Medical and sanitary report of the native army of Bengal for the year
Year: 1874
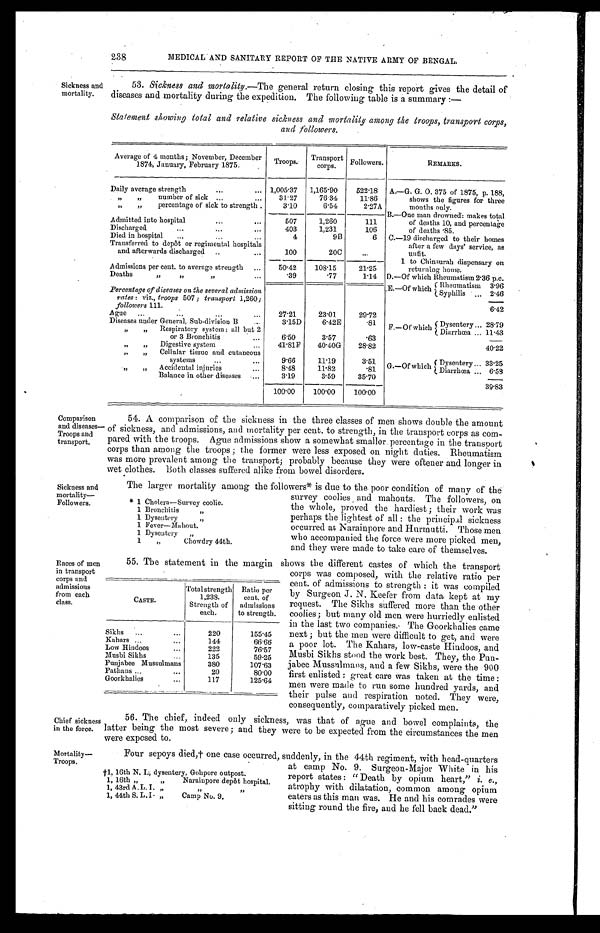
Chief sickness
in the force.
Mortality
—Troops.
Sickness and
mortality.
238
MEDICAL AND SANITARY REPORT OF THE NATIVE ARMY OF BENGAL.
53. Sickness and mortality.— The general return closing this report gives the detail of
d i s e a s e s a n d m o r t a l i t y d u r i n g t h e e x p e d i t i o n . T h e f o l l o w i n g t a b l e i s a s u m m a r y : —
Statement showing total and relative sickness and mortality among the troops, transport corps,
and followers.
Average of 4 months; November, December
1874, January, February 1875.
Troops. Transport
corps.
Followers.
REMARKS.
Daily average strength
1,005.37 1,165.90
522.18 A.—G. G. O. 375 of 1875, p. 188,
shows the figures for three
months only.
" " number of si ck
31.27
76.34
11.86
" " p e r c e n t a g e o f s i c k t o s t r e n g t h .
3.10
6.54
2.27A
Admitted into hospital
507
1,260
111
B.—One man drowned: makes total
of deaths 10, and percentage
of deaths .85.
Discharged
403
1,231
106
Died in hospital
4
9B
6 C.—19 discharged to their homes
after a few days' service, as
unfit.
Transferred to depot or regimental hospitals
and afterwards discharged
100
20C
...
Admissions per cent. to average strength
50.42
108.15
21.25
1 to Chinsurah dispensary on
returning home.
Deaths " " "
.39
.77
1.14 D.—Of which Rheumatism 2 . 36 p.c.
Percentage of diseases on the several admission
rates: viz., troops 507; transport 1,260;
followers 111.
E.—Of which Rheumatism
3 . 9 6
Syphilis
2.46
Ague
27.21
23.01
29.72
6.42
Diseases under General, Sub-division B
3.15D
6.42E
.81 F.—Of which Dysentery 28.79
" "Respiratory system: all but 2
or 3 Bronchitis
6.50
3.57
.63
Diarrhœa
11.43
" " Digestive system
41.81F
40.40G
28.82
40.22
" "Cellular tissue and cutaneous systems
9.66
11.19
3.51 G.—Of which Dysentery 33.25
" "Accidental injuries
8.48
11.82
.81
Diarrhœa
6.58
Balance in other diseases
3.19
3.59
35.70
100.00
100.00
100.00
39.83
Comparison
and diseases—
Troops and
transport.
54. A comparison of the sickness in the three classes of men shows double the amount
of sickness, and admissions, and mortality per cent. to strength, in the transport corps as com-
pared with the troops. Ague admissions show a somewhat smaller percentage in the transport
corps than among the troops; the former were less exposed on night duties. Rheumatism
was more prevalent among the transport; probably because they were oftener and longer in
wet clothes. Both classes suffered alike from bowel disorders.
Sickness and
mortality
— F o l l o w e r s .
Races of men
in transport
corps and
admissions
from each
class.
The larger mortality among the followers* is due to the poor condition of many of the
survey coolies and mahouts. The followers, on
the whole, proved the hardiest; their work was
perhaps the lightest of all: the principal sickness
occurred at Narainpore and Hurtmutti. Those men
who accompanied the force were more picked men,
and they were made to take care of themselves.
55. The statement in the margin shows the different castes of which the transport
corps was composed, with the relative ratio per
cent. of admissions to strength: it was compiled
by Surgeon J. N. Keefer from data kept at my
request. The Sikhs suffered more than the other
coolies; but many old men were hurriedly enlisted
in the last two companies. The Goorkhalies came
next; but the men were difficult to get, and were
a poor lot. The Kahars, low-caste Hindoos, and
Musbi Sikhs stood the work best. They, the Pun-
jabee Mussulmans, and a few Sikhs, were the 900
first enlisted: great care was taken at the time:
men were made to run some hundred yards, and
their pulse and respiration noted. They were,
consequently, comparatively picked men.
56. The chief, indeed only sickness, was that of ague and bowel complaints, the
latter being the most severe; and they were to be expected from the circumstances the men
were exposed to.
Four sepoys died, † one case occurred, suddenly, in the 44th regiment, with head-quarters
at camp No. 9. Surgeon-Major White in his
report states: "Death by opium heart," i . e . ,
atrophy with dilatation, common among opium
eaters as this man was. He and his comrades were
sitting round the fire, and he fell back dead."
* 1 Cholera—Survey coolie.
1 Bronchitis "
1 Dysentery "
1 Fever—Mahout. "
1 Dysentery "
1 " Chowdry 44th.
C A S T E .
Total strength
1,238.
Strength of
each.
Ratio per
cent. of
admissions
to strength.
Sikhs
220
155.45
Kahars
144
66.66
Low Hindoos
222
76.57
Musbi Sikbs
135
59.25
Punjabee Mussulmans
380
107.63
Pathans
20
80.00
Goorkhalies
117
125.64
†1, 16th N. I., dysentery, Gohpore outpost
.
1, 16th " " Narainpore depôt hospital.
1, 43rd A .L. I. " " "
1, 44th S. L. I. " Camp No. 9.